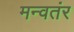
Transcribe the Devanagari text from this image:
मन्वतंर